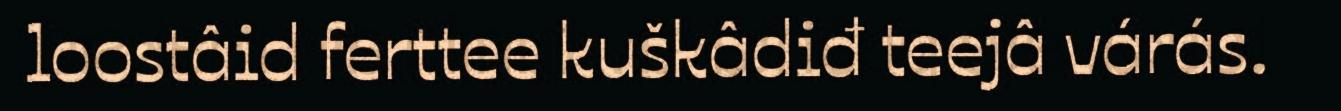
loostâid ferttee kuškâdiđ teejâ várás.